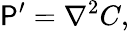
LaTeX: {\cal\mathsf{P}}^{\prime}={\nabla^{2}}C,